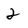
Character: 2